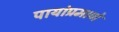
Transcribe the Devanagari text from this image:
पायांप्रमाणे